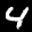
Label: 4